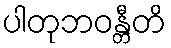
ပါတုဘဝန္တီတိ